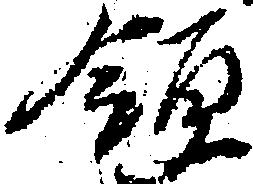
領